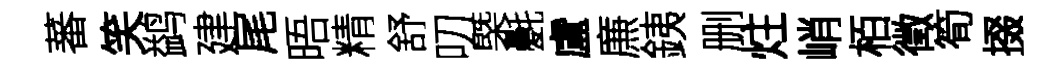
蕃笑鹢建尾晤精舒叨槩氎盧㢘銕删炷峭栢徵筍掇